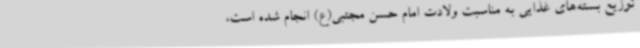
توزیع بسته‌های غذایی به مناسبت ولادت امام حسن مجتبی(ع) انجام شده است،